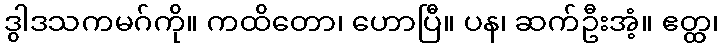
ဒွါဒသကမဂ်ကို။ ကထိတော၊ ဟောပြီ။ ပန၊ ဆက်ဦးအံ့။ ဧတ္ထ၊